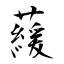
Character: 藧